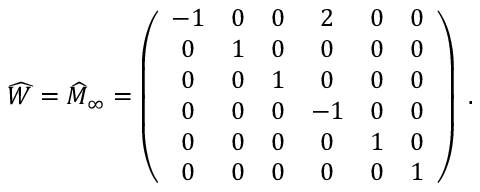
\widehat { W } = { \widehat M } _ { \infty } = \left( \begin{array} { c c c c c c } { { - 1 } } & { { 0 } } & { { 0 } } & { { 2 } } & { { 0 } } & { { 0 } } \\ { { 0 } } & { { 1 } } & { { 0 } } & { { 0 } } & { { 0 } } & { { 0 } } \\ { { 0 } } & { { 0 } } & { { 1 } } & { { 0 } } & { { 0 } } & { { 0 } } \\ { { 0 } } & { { 0 } } & { { 0 } } & { { - 1 } } & { { 0 } } & { { 0 } } \\ { { 0 } } & { { 0 } } & { { 0 } } & { { 0 } } & { { 1 } } & { { 0 } } \\ { { 0 } } & { { 0 } } & { { 0 } } & { { 0 } } & { { 0 } } & { { 1 } } \end{array} \right) \; .